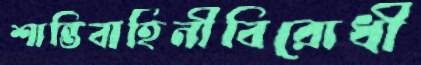
শান্তিবাহিনীবিরোধী